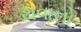
થવાનો